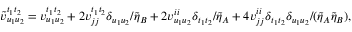
\begin{array} { r } { \tilde { v } _ { u _ { 1 } u _ { 2 } } ^ { t _ { 1 } t _ { 2 } } = v _ { u _ { 1 } u _ { 2 } } ^ { t _ { 1 } t _ { 2 } } + 2 v _ { j j } ^ { t _ { 1 } t _ { 2 } } \delta _ { u _ { 1 } u _ { 2 } } / \tilde { \eta } _ { B } + 2 v _ { u _ { 1 } u _ { 2 } } ^ { i i } \delta _ { t _ { 1 } t _ { 2 } } / \tilde { \eta } _ { A } + 4 v _ { j j } ^ { i i } \delta _ { t _ { 1 } t _ { 2 } } \delta _ { u _ { 1 } u _ { 2 } } / ( \tilde { \eta } _ { A } \tilde { \eta } _ { B } ) , } \end{array}